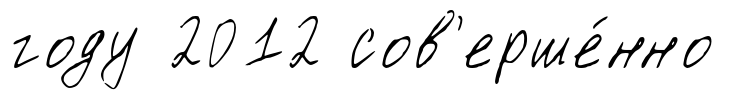
году 2012 сов'ерше́нно